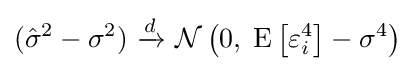
({\hat {\sigma }}^{2}-\sigma ^{2})\ {\xrightarrow {d}}\ {\mathcal {N}}\left(0,\;\operatorname {E} \left[\varepsilon _{i}^{4}\right]-\sigma ^{4}\right)